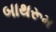
બાથરૂમ